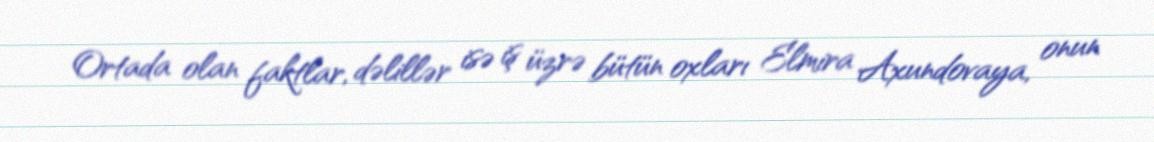
Ortada olan faktlar, dəlillər isə iş üzrə bütün oxları Elmira Axundovaya, onun